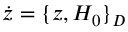
\dot { z } = \{ z , H _ { 0 } \} _ { D }